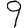
Digit: 9